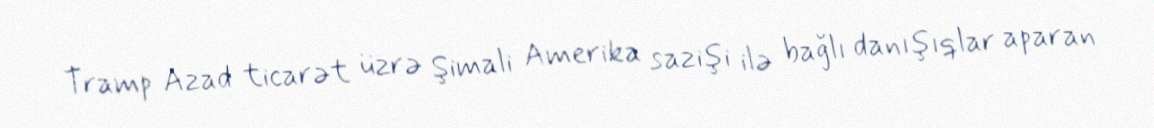
Tramp Azad ticarət üzrə Şimali Amerika sazişi ilə bağlı danışıqlar aparan